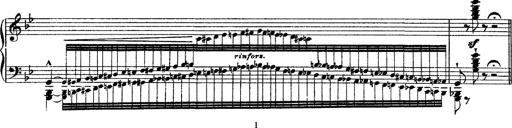
Title: Ã‰tudes d'exÃ©cution transcendante d'aprÃ¨s Paganini
Composer: Franz Liszt